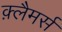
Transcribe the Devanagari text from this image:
क़्लैमर्स